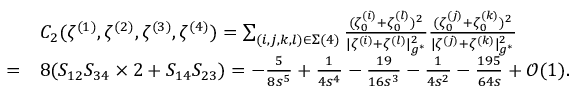
\begin{array} { r l } & { C _ { 2 } ( \zeta ^ { ( 1 ) } , \zeta ^ { ( 2 ) } , \zeta ^ { ( 3 ) } , \zeta ^ { ( 4 ) } ) = \sum _ { ( i , j , k , l ) \in \Sigma ( 4 ) } \frac { ( \zeta _ { 0 } ^ { ( i ) } + \zeta _ { 0 } ^ { ( l ) } ) ^ { 2 } } { | { \zeta ^ { ( i ) } } + { \zeta ^ { ( l ) } } | _ { g ^ { * } } ^ { 2 } } \frac { ( \zeta _ { 0 } ^ { ( j ) } + \zeta _ { 0 } ^ { ( k ) } ) ^ { 2 } } { | \zeta ^ { ( j ) } + \zeta ^ { ( k ) } | _ { g ^ { * } } ^ { 2 } } } \\ { = } & { 8 ( S _ { 1 2 } S _ { 3 4 } \times 2 + S _ { 1 4 } S _ { 2 3 } ) = - \frac { 5 } { 8 s ^ { 5 } } + \frac { 1 } { 4 s ^ { 4 } } - \frac { 1 9 } { 1 6 s ^ { 3 } } - \frac { 1 } { 4 s ^ { 2 } } - \frac { 1 9 5 } { 6 4 s } + \mathcal { O } ( 1 ) . } \end{array}